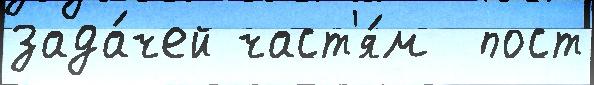
зада́чей част'я́м  пост